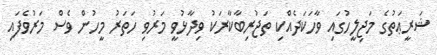
ޝަރީޢަތުގެ މަޖިލީހުގައި ވާހަކަދެއްކި ތަޖުރިބާކާރަކު ވިދާޅުވީ މަރުވި ހަތަރު މީހުން ވެސް މަރުވެފައި